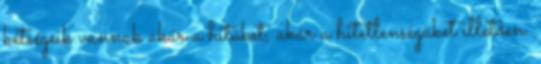
kétségeik vannak akár a hitüket, akár a hitetlenségüket illetően.